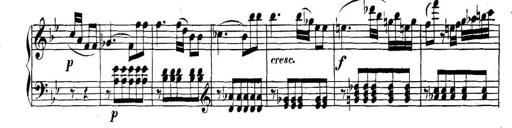
Title: Collected Piano Sonatas
Composer: Muzio Clementi